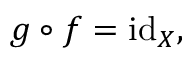
g \circ f = \operatorname { i d } _ { X } ,